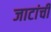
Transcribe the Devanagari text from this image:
जाटांची